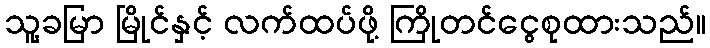
သူ့ခမြာ မြိုင်နှင့် လက်ထပ်ဖို့ ကြိုတင်ငွေစုထားသည်။